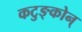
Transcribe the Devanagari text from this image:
कटुङ्कोन्